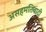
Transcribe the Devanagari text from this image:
असहमतिवादी